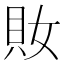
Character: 𧴱